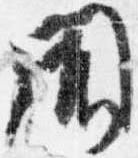
聞